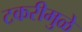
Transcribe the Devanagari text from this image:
टकरीमुळे